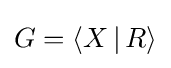
G=\langle X\,|\,R\rangle